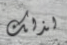
لذلك